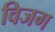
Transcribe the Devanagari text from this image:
विजग